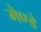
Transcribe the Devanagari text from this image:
मेण्डे